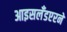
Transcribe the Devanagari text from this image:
आइसलँडएरने